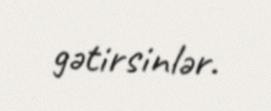
gətirsinlər.